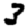
Digit: 3